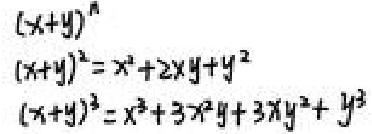
\((x + y)^n\)\\
\((x + y)^2=x^{2}+2xy + y^{2}\)\\
\((x + y)^3=x^{3}+3x^{2}y+3xy^{2}+y^{3}\)